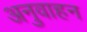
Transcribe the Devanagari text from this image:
अनुवाहन